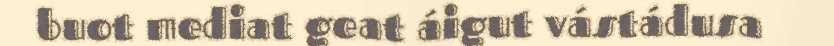
buot mediat geat áigut vástádusa